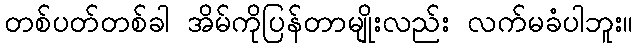
တစ်ပတ်တစ်ခါ အိမ်ကိုပြန်တာမျိုးလည်း လက်မခံပါဘူး။